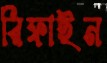
রিফাইন